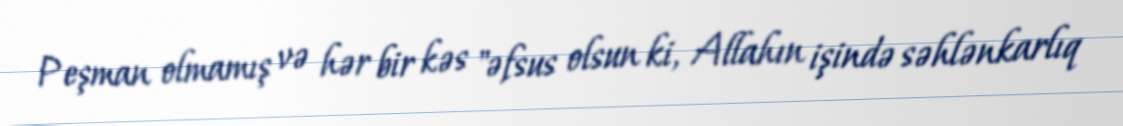
Peşman olmamış və hər bir kəs "əfsus olsun ki, Allahın işində səhlənkarlıq